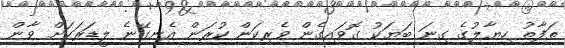
ތަފާތު ހިޔާލުގެ ގިނަ ބަޔަކު ގޮވައިގެން ވެރިކަން ކުރަން އެނގޭނެ ލީޑަރަކަށް ވާން